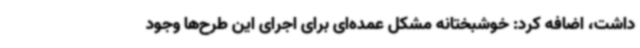
داشت، اضافه کرد: خوشبختانه مشکل عمده‌ای برای اجرای این طرح‌ها وجود